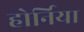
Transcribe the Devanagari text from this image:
होर्निया